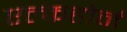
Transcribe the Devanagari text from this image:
एल्कहोर्न